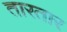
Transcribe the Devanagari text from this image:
तारतार